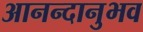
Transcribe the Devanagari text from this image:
आनन्दानुभव